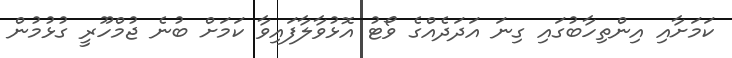
ކަމަށާއި އިންތިހާބުގައި ގިނަ އަދަދެއްގެ ވޯޓު އޮޅުވާލާފައިވާ ކަމަށް ބުނެ ޖުމްހޫރީ ގުޅުމުން